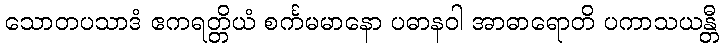
သောတပသာဒံ ဧကရတ္တိယံ စင်္ကမမာနော ပဓာနဝါ အာဓာရောတိ ပကာသယန္တီ